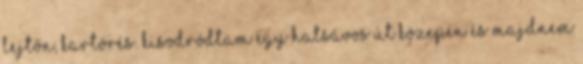
lejtőn, kartörés. Kisodródtam egy hatsávos út közepén és majdnem